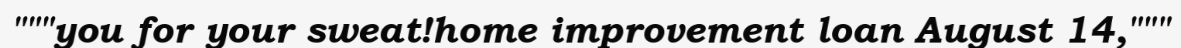
"""you for your sweat!home improvement loan August 14,"""